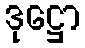
ဒုဋ္ဌော